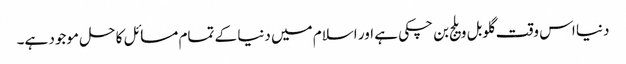
دنیا اس وقت گلوبل ویلج بن چکی ہے اور اسلام میں دنیا کے تمام مسائل کا حل موجود ہے۔